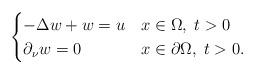
LaTeX: \begin{align*}\begin{cases}-\Delta w+w=u &x\in\Omega,\;t>0\\\partial_\nu w=0&x\in\partial\Omega,\;t>0.\end{cases}\end{align*}